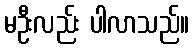
မဦးလည်း ပါလာသည်။